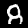
Label: 8